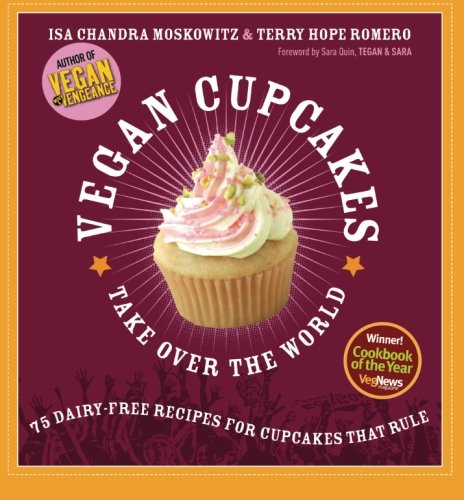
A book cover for Vegan Cupcakes Take Over the World: 75 Dairy-Free Recipes for Cupcakes that Rule; Isa Chandra Moskowitz; Cookbooks, Food & Wine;